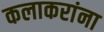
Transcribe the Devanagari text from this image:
कलाकरांना